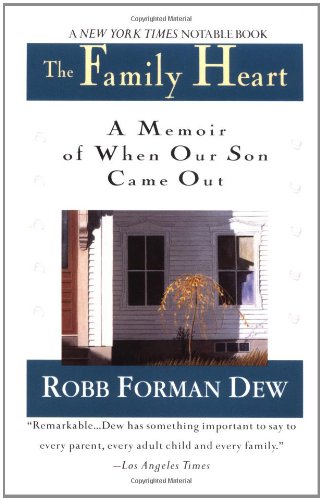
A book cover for The Family Heart: A Memoir of When Our Son Came Out; Robb Forman Dew; Gay & Lesbian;